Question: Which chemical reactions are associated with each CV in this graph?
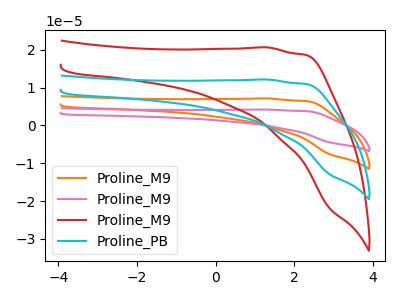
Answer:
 <answer>The orange curve is labeled "Proline_M9". The pink curve is labeled "Proline_M9". The red curve is labeled "Proline_M9". The cyan curve is labeled "Proline_PB".</answer>
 <eval></eval>